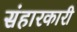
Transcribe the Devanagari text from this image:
संहारकारी